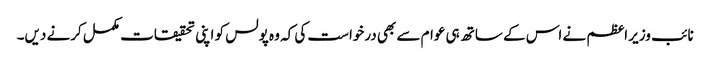
نائب وزیر اعظم نے اس کے ساتھ ہی عوام سے بھی درخواست کی کہ وہ پولس کو اپنی تحقیقات مکمل کرنے دیں۔